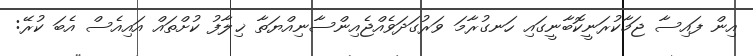
އިން ފައިސާ ޖަމާކުރަނީކޮބާނީގައި ހަނގުރާމަ ވަރުގަދަވެއްޖެއިންސާނިއްޔަތާ ޚިލާފު ކުށްތައް އައިއެސް އެބަ ކުރޭ: